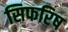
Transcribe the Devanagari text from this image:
सिफरिष